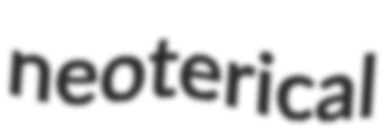
neoterical